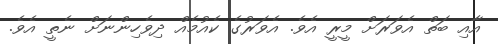
އާއި ބަތް އެވަރަށް މީރީ އެވެ. އެވަރުގެ ކެއުމެއް ދިވެހިންނަށް ނެތީ އެވެ.